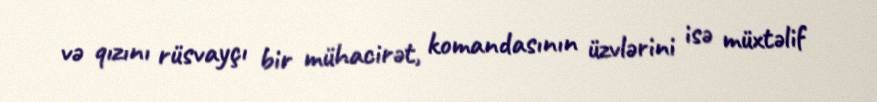
və qızını rüsvayçı bir mühacirət, komandasının üzvlərini isə müxtəlif